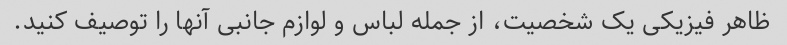
ظاهر فیزیکی یک شخصیت، از جمله لباس و لوازم جانبی آنها را توصیف کنید.